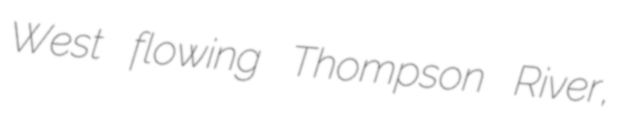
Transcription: West flowing Thompson River,